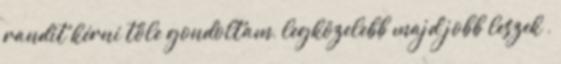
randit kérni tőle gondoltam, legközelebb majd jobb leszek ,